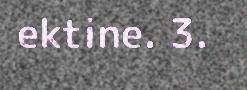
ektine. 3.